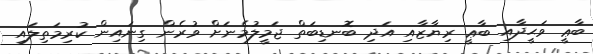
ބާޢީ ވަޙީދާއި ބާޢީ ރިޔާޒާއި އަދި ބޮނޑިބަތް ޖަމީލުމެނަށް ވުރެން ގިނައިން ކުރިމަތިލައި